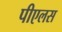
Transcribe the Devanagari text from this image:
पीएलस